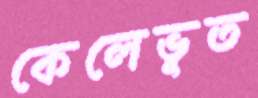
কেলেভূত